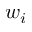
w _ { i }